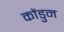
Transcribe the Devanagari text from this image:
कोंडुन